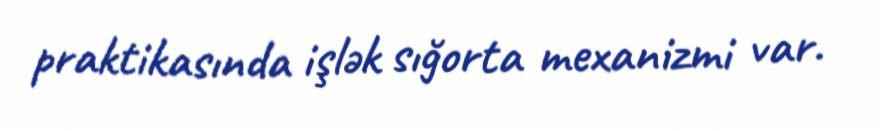
praktikasında işlək sığorta mexanizmi var.